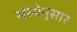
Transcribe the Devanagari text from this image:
संस्थेनुसार